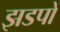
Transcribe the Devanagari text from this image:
झडपों